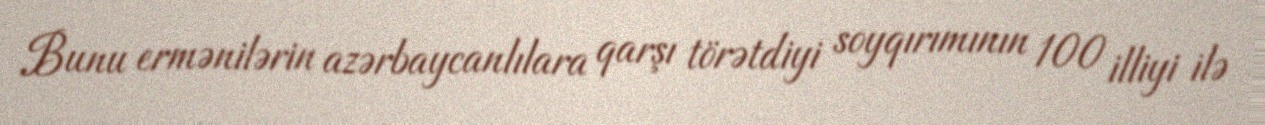
Bunu ermənilərin azərbaycanlılara qarşı törətdiyi soyqırımının 100 illiyi ilə